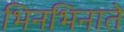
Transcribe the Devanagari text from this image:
भिनभिनाते